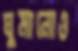
ঘুমানোও